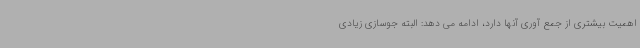
اهمیت بیشتری از جمع آوری آنها دارد، ادامه می دهد: البته جوسازی زیادی